Vaccination in Bombay 1863-1868 - 1863-1868
Year: 1863
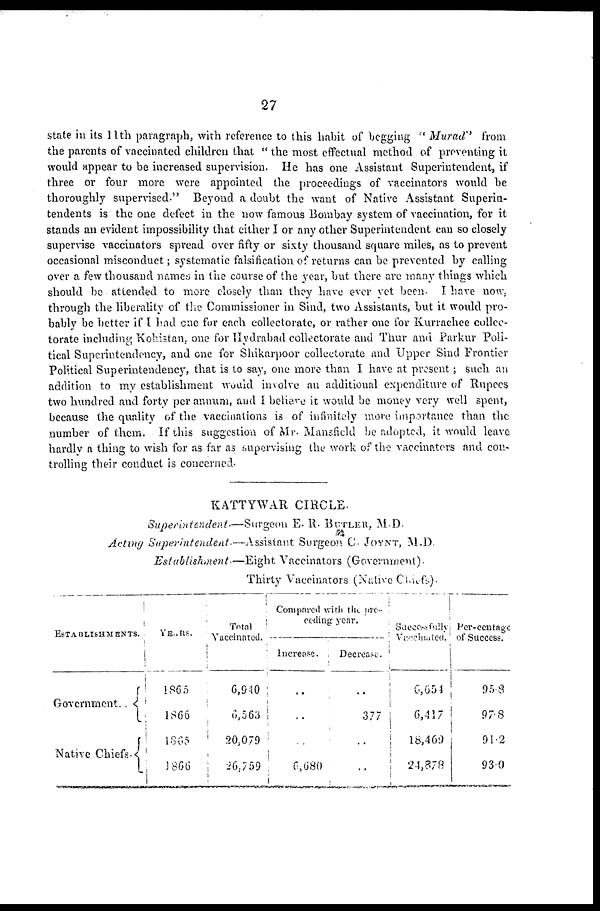
27
state in its 11th paragraph, with reference to this habit of begging " Murad" from
the parents of vaccinated children that " the most effectual method of preventing it
would appear to be increased supervision. He has one Assistant Superintendent, if
three or four more were appointed the proceedings of vaccinators would be
thoroughly supervised." Beyond a doubt the want of Native Assistant Superin-
tendents is the one defect in the now famous Bombay system of vaccination, for it
stands an evident impossibility that either I or any other Superintendent can so closely
supervise vaccinators spread over fifty or sixty thousand square miles, as to prevent
occasional misconduct; systematic falsification of returns can be prevented by calling
over a few thousand names in the course of the year, but there are many things which
should be attended to more closely than they have ever yet been. I have now.
through the liberality of the Commissioner in Sind, two Assistants, but it would pro-
bably be better if I had one for each collectorate, or rather one for Kurrachee collec¬
torate including Kohistan, one for Hydrabad collectorate and Thur and Parkur Poli-
tical Superintendency, and one for Shikarpoor collectorate and Upper Sind Frontier
Political Superintendency, that is to say, one more than I have at present; such an
addition to my establishment would involve an additional expenditure of Rupees
two hundred and forty per annum, and I believe it would be money very well spent,
because the quality of the vaccinations is of infinitely more importance than the
number of them. If this suggestion of Mr. Mansfield be adopted, it would leave
hardly a thing to wish for as far as supervising the work of the vaccinators and con-
trolling their conduct is concerned.
KATTYWAR CIRCLE.
Superintendent.—Surgeon
E. R. BUTLER, M. D.
Acting Superintendent.—Assistant
Surgeon C. JOYNT, M.D.
Establishment.—Eight
Vaccinators (Government).
Thirty Vaccinators (Native Chiefs).
ESTABLISHMENTS.
Government..
Native Chiefs.
YEARS.
1865
1866
1865
1866
Total
Vaccinated.
6,940
6,563
20,079
26,759
Compared with the pre¬
ceding year.
Increase.
..
..
..
6,680
Decrease.
..
377
..
..
Successfully
Vaccinated.
6,654
6,417
18,469
24,878
Per-centage
of Success.
95.8
97.8
91.2
93.0